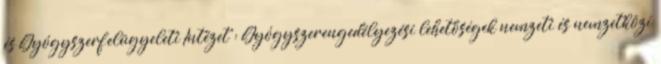
és Gyógyszerfelügyeleti Intézet : Gyógyszerengedélyezési lehetőségek nemzeti és nemzetközi